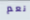
نعم